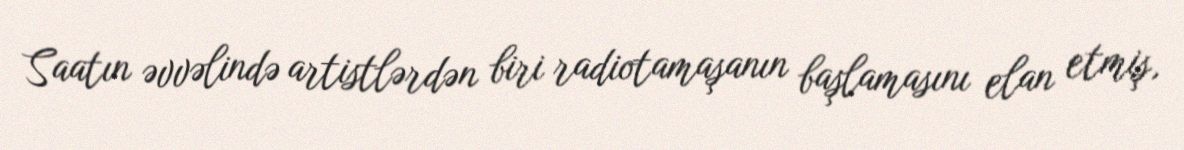
Saatın əvvəlində artistlərdən biri radiotamaşanın başlamasını elan etmiş,